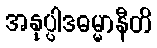
အနုပ္ပါဒဓမ္မာနီတိ